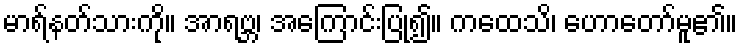
မာရ်နတ်သားကို။ အာရဗ္ဘ၊ အကြောင်းပြု၍။ ကထေသိ၊ ဟောတော်မူ၏။